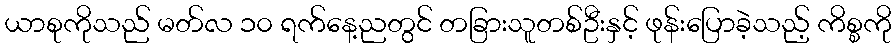
ယာစုကိုသည် မတ်လ ၁၀ ရက်နေ့ညတွင် တခြားသူတစ်ဦးနှင့် ဖုန်းပြောခဲ့သည့် ကိစ္စကို